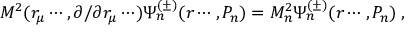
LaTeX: { \cal M } ^ { 2 } ( r _ { \mu } \cdots , \partial / \partial r _ { \mu } \cdots ) \Psi _ { n } ^ { ( \pm ) } ( r \cdots , P _ { n } ) = M _ { n } ^ { 2 } \Psi _ { n } ^ { ( \pm ) } ( r \cdots , P _ { n } ) \; ,